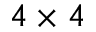
4 \times 4